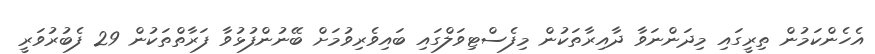
އެހެންކަމުން ތިރީގައި މިދަންނަވާ ދާއިރާތަކުން މިފެސްޓިވަލްގައި ބައިވެރިވުމަށް ބޭނުންފުޅުވާ ފަރާތްތަކުން 29 ފެބުރުވަރީ